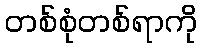
တစ်စုံတစ်ရာကို